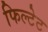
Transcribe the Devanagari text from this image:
फिल्टेट